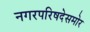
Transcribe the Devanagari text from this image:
नगरपरिषदेसमोर